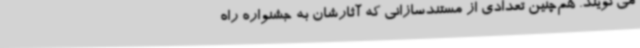
می‌گویند. هم‌چنین تعدادی از مستندسازانی که آثارشان به جشنواره راه